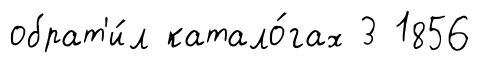
обрат'и́л катало́гах 3 1856